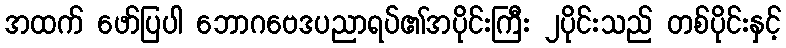
အထက် ဖော်ပြပါ ဘောဂဗေဒပညာရပ်၏အပိုင်းကြီး ၂ပိုင်းသည် တစ်ပိုင်းနှင့်